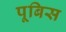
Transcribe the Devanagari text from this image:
पूबिस